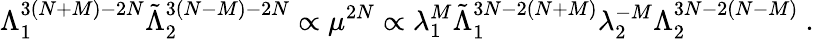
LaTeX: \Lambda_{1}^{3(N+M)-2N}\tilde{\Lambda}_{2}^{3(N-M)-2N}\propto\mu^{2N}\propto\lambda_{1}^{M}\tilde{\Lambda}_{1}^{3N-2(N+M)}\lambda_{2}^{-M}\Lambda_{2}^{3N-2(N-M)}\ .